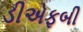
ડીએફબી